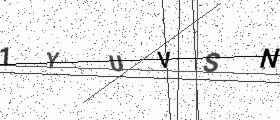
Text: 1YUVSN